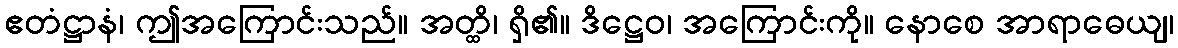
ဧတံဋ္ဌာနံ၊ ဤအကြောင်းသည်။ အတ္ထိ၊ ရှိ၏။ ဒိဋ္ဌေဝ၊ အကြောင်းကို။ နောစေ အာရာဓေယျ၊